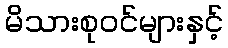
မိသားစုဝင်များနှင့်